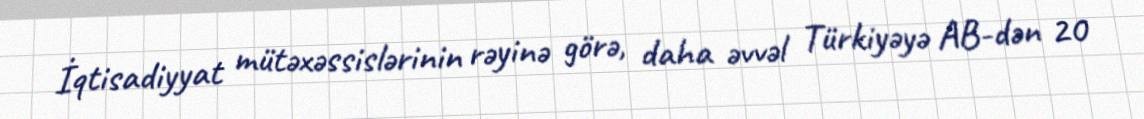
İqtisadiyyat mütəxəssislərinin rəyinə görə, daha əvvəl Türkiyəyə AB-dən 20